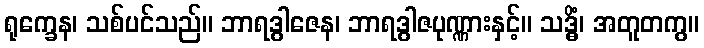
ရုက္ခေန၊ သစ်ပင်သည်။ ဘာရဒွါဇေန၊ ဘာရဒွါဇပုဏ္ဏားနှင့်။ သဒ္ဓိံ၊ အတူတကွ။